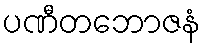
ပဏီတဘောဇနံ